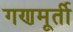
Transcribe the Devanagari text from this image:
गणमूर्ती